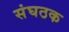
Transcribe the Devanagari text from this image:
संघठक